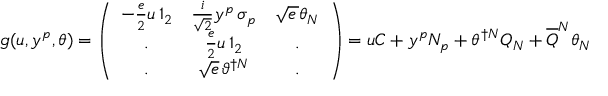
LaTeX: g ( u , y ^ { p } , \theta ) = \left( \begin{array} { c c c } { { - \frac { e } { 2 } u \, 1 _ { 2 } } } & { { \frac { i } { \sqrt { 2 } } y ^ { p } \, \sigma _ { p } } } & { { \sqrt { e \, } \theta _ { N } } } \\ { { . } } & { { \frac { e } { 2 } u \, 1 _ { 2 } } } & { { . } } \\ { { . } } & { { \sqrt { e } \, \vartheta ^ { \dagger N } } } & { { . } } \end{array} \right) = u { \cal C } + y ^ { p } { \cal N } _ { p } + \theta ^ { \dagger N } Q _ { N } + \overline { { { Q } } } ^ { N } \theta _ { N }